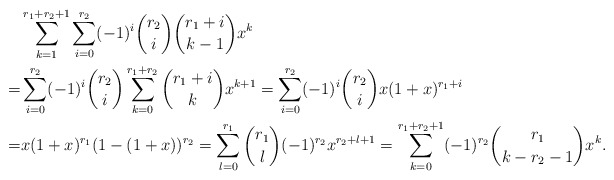
\begin{align*} & \sum_{k=1}^{r_1+r_2+1}\sum_{i=0}^{r_2}(-1)^i\binom{r_2}{i}\binom{r_1+i}{k-1}x^k\\=&\sum_{i=0}^{r_2}(-1)^i\binom{r_2}{i}\sum_{k=0}^{r_1+r_2}\binom{r_1+i}{k} x^{k+1}=\sum_{i=0}^{r_2}(-1)^i\binom{r_2}{i}x(1+x)^{r_1+i}\\=&x(1+x)^{r_1}(1-(1+x))^{r_2}=\sum_{l=0}^{r_1}\binom{r_1}{l}(-1)^{r_2}x^{r_2+l+1}=\sum_{k=0}^{r_1+r_2+1}(-1)^{r_2}\binom{r_1}{k-r_2-1}x^k.\end{align*}